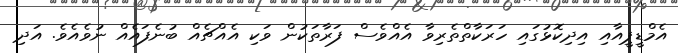
އެމްޑީޕީއާއި އިދިކޮޅުގައި ހަރަކާތްތެރިވާ އެއްވެސް ފަރާތަކުން ވަކި އެއްޗެއް ބުނެފައެއް ނުވެއެވެ. އަދި